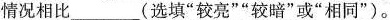
情况相比___(选填”较亮””较暗”或”相同”)。